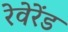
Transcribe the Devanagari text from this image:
रेवेरेंड